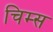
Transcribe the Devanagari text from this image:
चिम्स